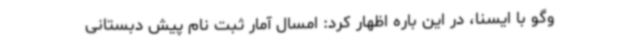
وگو با ایسنا، در این باره اظهار کرد: امسال آمار ثبت نام پیش دبستانی